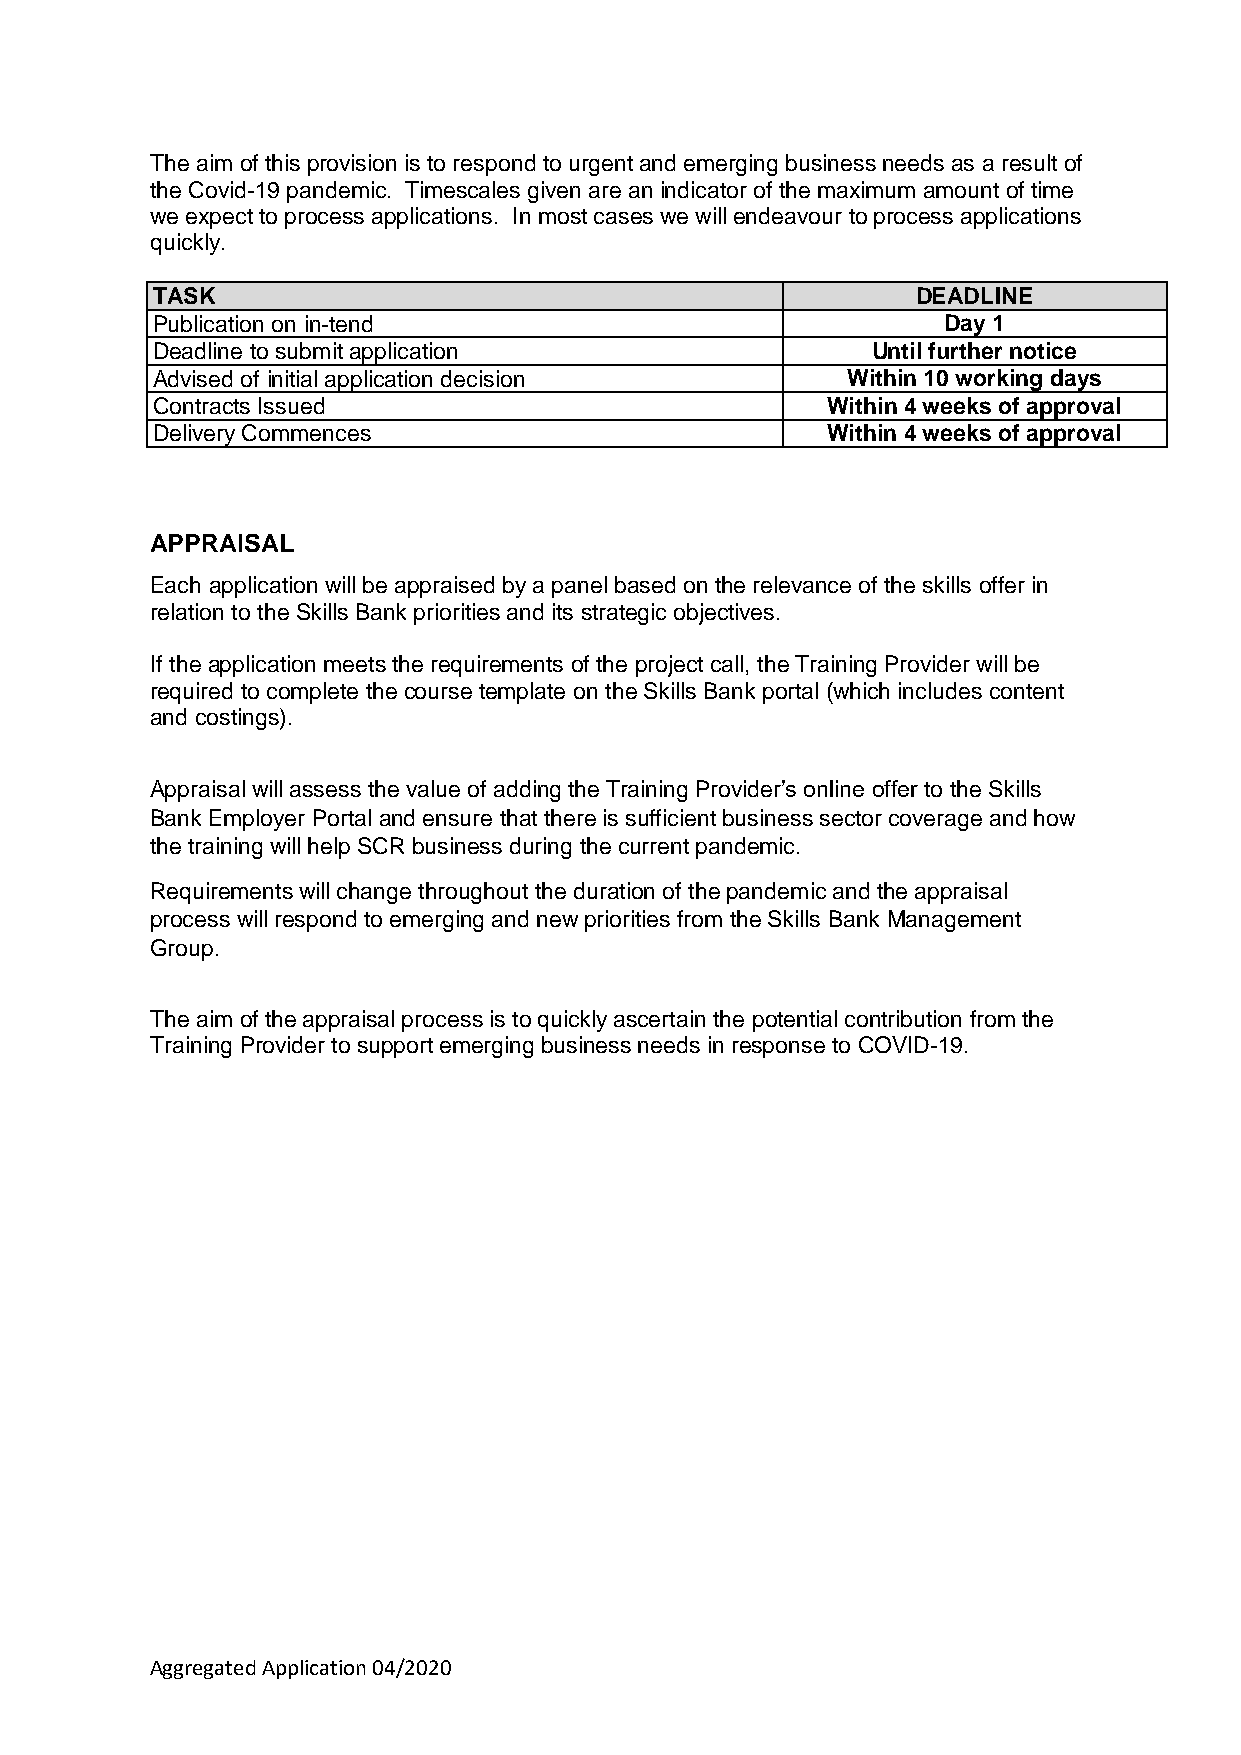
The aim of this provision is to respond to urgent and emerging business needs as a result of
 the Covid-19 pandemic. Timescales given are an indicator of the maximum amount of time
 we expect to process applications. In most cases we will endeavour to process applications
 quickly.
 TASK                                               DEADLINE
 Publication on in-tend                              Day 1
 Deadline to submit application                  Until further notice
 Advised of initial application decision       Within 10 working days
 Contracts Issued                             Within 4 weeks of approval
 Delivery Commences                           Within 4 weeks of approval
 APPRAISAL
 Each application will be appraised by a panel based on the relevance of the skills offer in
 relation to the Skills Bank priorities and its strategic objectives.
 If the application meets the requirements of the project call, the Training Provider will be
 required to complete the course template on the Skills Bank portal (which includes content
 and costings).
 Appraisal will assess the value of adding the Training Provider’s online offer to the Skills
 Bank Employer Portal and ensure that there is sufficient business sector coverage and how
 the training will help SCR business during the current pandemic.
 Requirements will change throughout the duration of the pandemic and the appraisal
 process will respond to emerging and new priorities from the Skills Bank Management
 Group.
 The aim of the appraisal process is to quickly ascertain the potential contribution from the
 Training Provider to support emerging business needs in response to COVID-19.
 Aggregated Application 04/2020